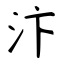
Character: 汴